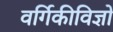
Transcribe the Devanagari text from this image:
वर्गिकीविज्ञों